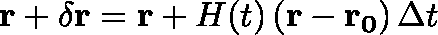
\mathbf { r + \delta r } = \mathbf { r } + H ( t ) \left( \mathbf { r } - \mathbf { r _ { 0 } } \right) \Delta t